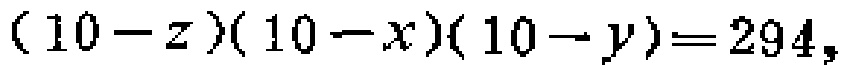
\((10 - z)(10 - x)(10 - y)=294\)